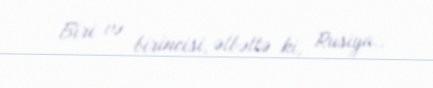
Biri və birincisi, əlbəttə ki, Rusiya..